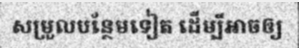
សម្រួលបន្ថែមទៀត ដើម្បីអាចឲ្យ